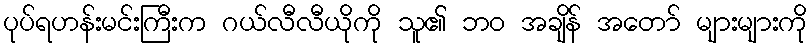
ပုပ်ရဟန်းမင်းကြီးက ဂယ်လီလီယိုကို သူ၏ ဘဝ အချိန် အတော် များများကို